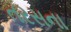
તરસના